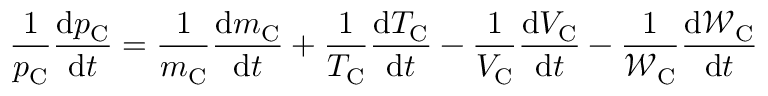
\frac { 1 } { p _ { \mathrm { C } } } \frac { \mathrm { d } p _ { \mathrm { C } } } { \mathrm { d } t } = \frac { 1 } { m _ { \mathrm { C } } } \frac { \mathrm { d } m _ { \mathrm { C } } } { \mathrm { d } t } + \frac { 1 } { T _ { \mathrm { C } } } \frac { \mathrm { d } T _ { \mathrm { C } } } { \mathrm { d } t } - \frac { 1 } { V _ { \mathrm { C } } } \frac { \mathrm { d } V _ { \mathrm { C } } } { \mathrm { d } t } - \frac { 1 } { \mathcal { W } _ { \mathrm { C } } } \frac { \mathrm { d } \mathcal { W } _ { \mathrm { C } } } { \mathrm { d } t }